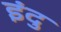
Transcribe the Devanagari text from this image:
इंदु